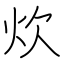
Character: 炊